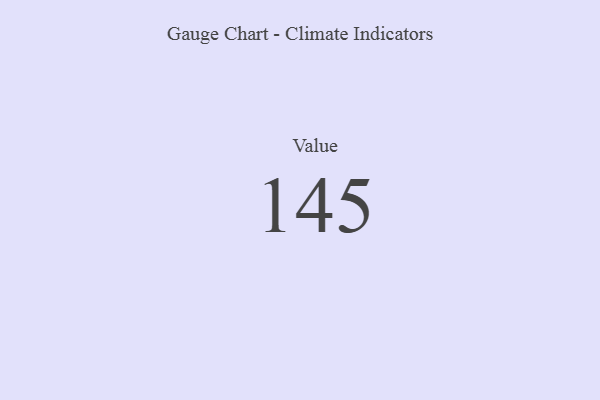
{"axis": {"x": "Metric", "y": "Value"}, "legend": [""], "data": [{"x": "Value", "y": 145, "type": ""}]}